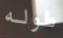
طوله